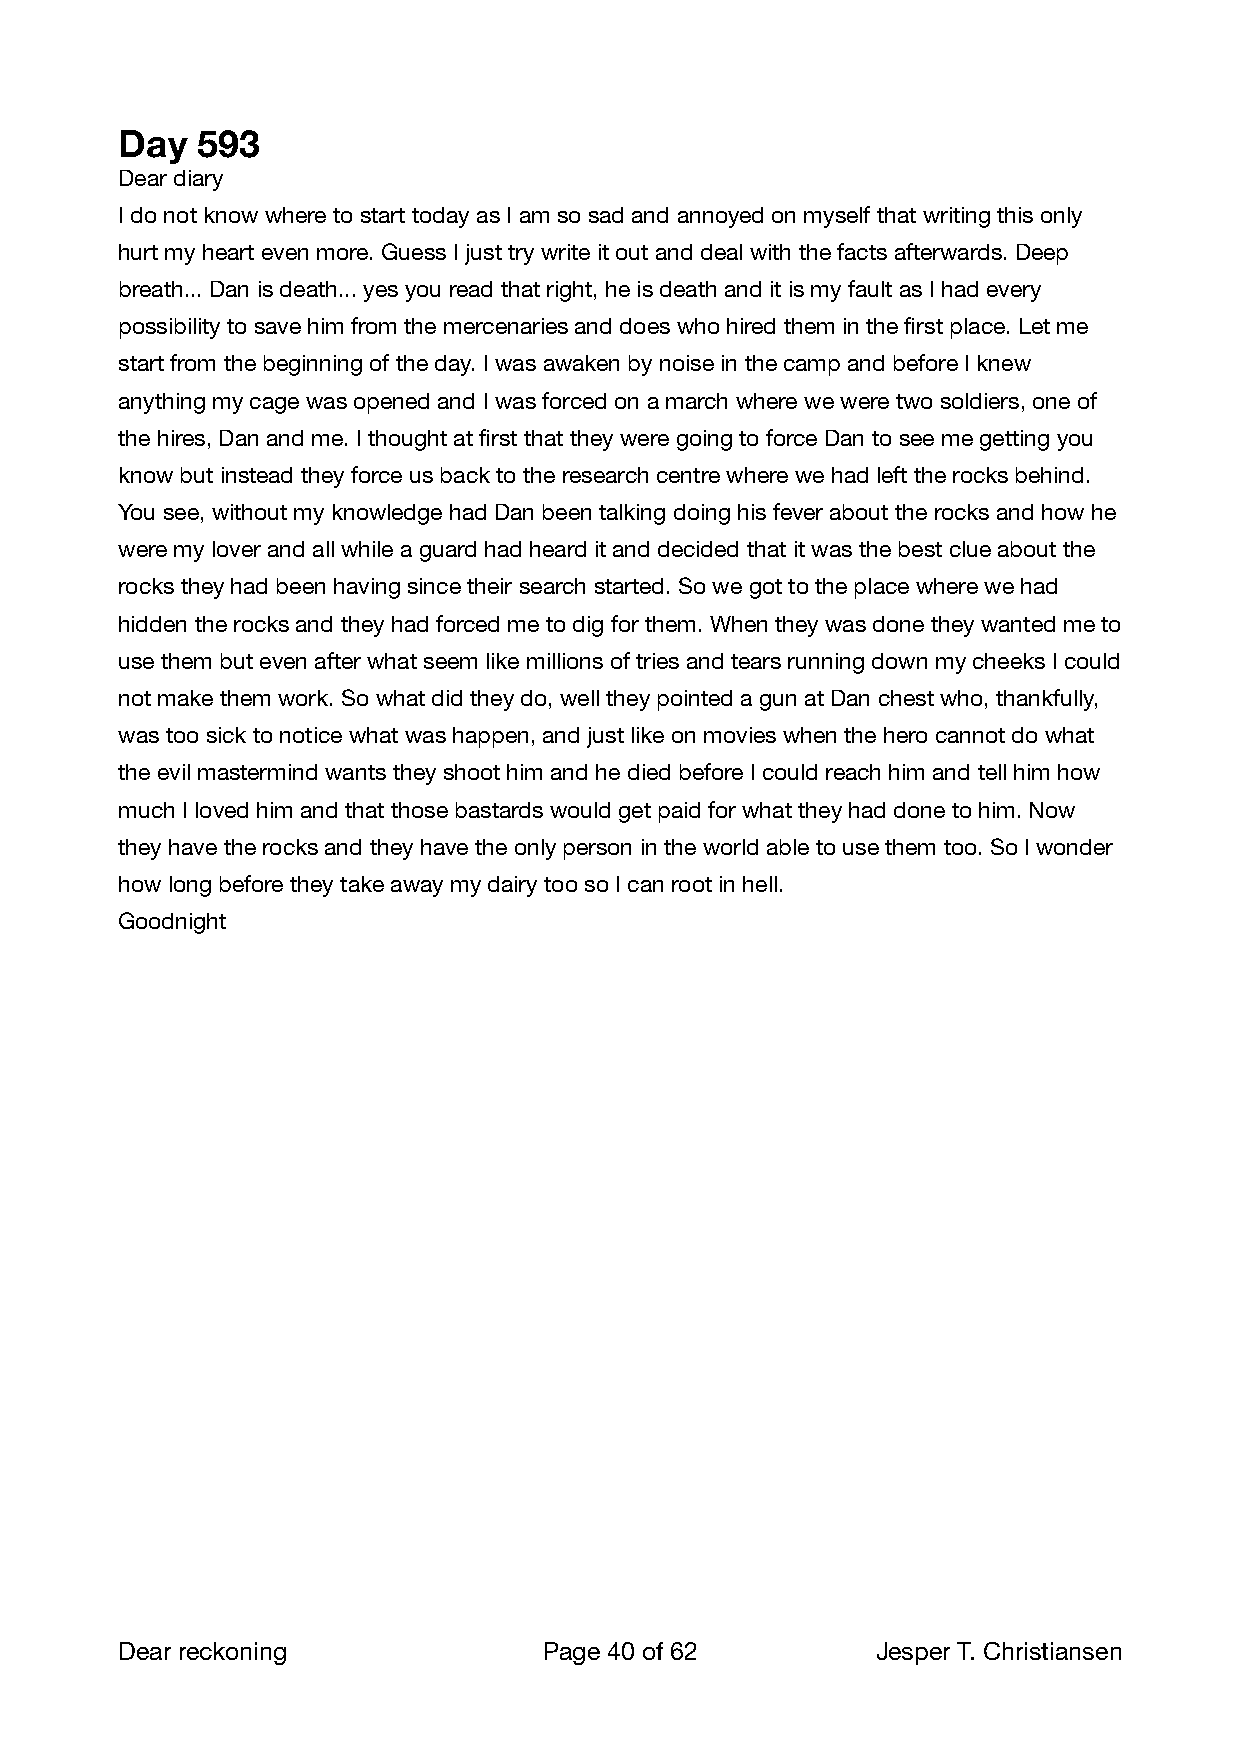
Day  593
 Dear diary
 I do not know where to start today as I am so sad and annoyed on myself that writing this only
 hurt my heart even more. Guess I just try write it out and deal with the facts afterwards. Deep
 breath... Dan is death... yes you read that right, he is death and it is my fault as I had every
 possibility to save him from the mercenaries and does who hired them in the first place. Let me
 start from the beginning of the day. I was awaken by noise in the camp and before I knew
 anything my cage was opened and I was forced on a march where we were two soldiers, one of
 the hires, Dan and me. I thought at first that they were going to force Dan to see me getting you
 know but instead they force us back to the research centre where we had left the rocks behind.
 You see, without my knowledge had Dan been talking doing his fever about the rocks and how he
 were my lover and all while a guard had heard it and decided that it was the best clue about the
 rocks they had been having since their search started. So we got to the place where we had
 hidden the rocks and they had forced me to dig for them. When they was done they wanted me to
 use them but even after what seem like millions of tries and tears running down my cheeks I could
 not make them work. So what did they do, well they pointed a gun at Dan chest who, thankfully,
 was too sick to notice what was happen, and just like on movies when the hero cannot do what
 the evil mastermind wants they shoot him and he died before I could reach him and tell him how
 much I loved him and that those bastards would get paid for what they had done to him. Now
 they have the rocks and they have the only person in the world able to use them too. So I wonder
 how long before they take away my dairy too so I can root in hell.
 Goodnight
 Dear reckoning              Page 40 of 62        Jesper T. Christiansen